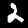
Label: 2